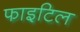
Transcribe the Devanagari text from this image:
फाइटिल